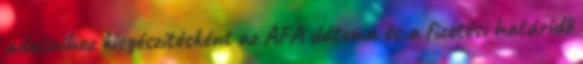
adataihoz kiegészítésként az ÁFA dátuma és a fizetési határidő